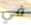
في